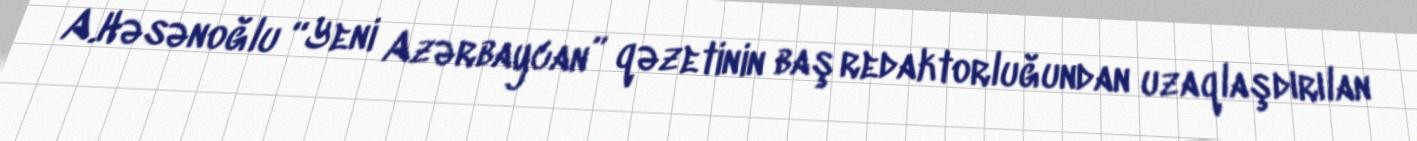
A.Həsənoğlu “Yeni Azərbaycan” qəzetinin baş redaktorluğundan uzaqlaşdırılan